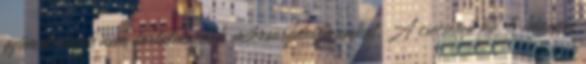
gyümölcslevek nem tartalmaznak mikroorganizmusokat. A csecsemő kb. 6 hónapos